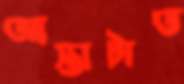
আস্তাটাত